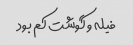
فیله و گوشت کم بود